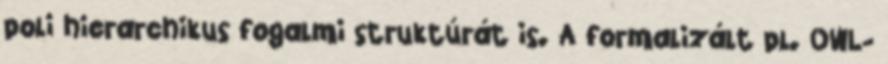
poli hierarchikus fogalmi struktúrát is. A formalizált pl. OWL-